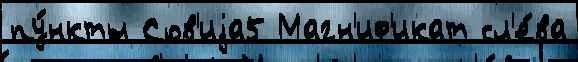
пу́нкты Сов'иjа5 Магн'иф'икат сл'е́ва